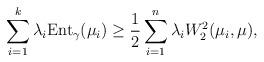
LaTeX: \begin{align*}\sum_{i=1}^{k} \lambda_i {\rm Ent}_{\gamma}(\mu_i) \ge \frac{1}{2} \sum_{i=1}^n \lambda_i W^2_2(\mu_i, \mu),\end{align*}